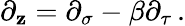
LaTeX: \partial_{\mathbf{z}}=\partial_{\sigma}-\beta\partial_{\tau}\, .